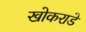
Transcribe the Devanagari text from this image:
खोकराडे